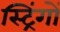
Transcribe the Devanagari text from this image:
स्ट्रिंगों